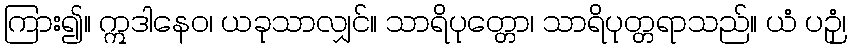
ကြား၍။ ဣဒါနေဝ၊ ယခုသာလျှင်။ သာရိပုတ္တော၊ သာရိပုတ္တရာသည်။ ယံ ပဉှံ၊